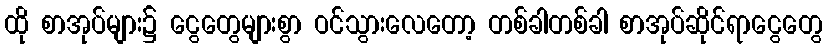
ထို စာအုပ်များ၌ ငွေတွေများစွာ ဝင်သွားလေတော့ တစ်ခါတစ်ခါ စာအုပ်ဆိုင်ရာငွေတွေ